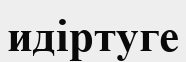
идіртуге